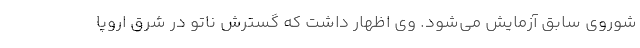
شوروی سابق آزمایش می‌شود. وی اظهار داشت که گسترش ناتو در شرق اروپا